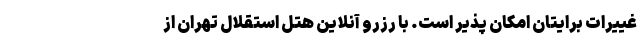
غییرات برایتان امکان پذیر است. با رزرو آنلاین هتل استقلال تهران از